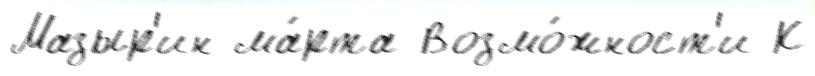
Мазыр'ин ма́рта Возмо́жност'и К